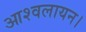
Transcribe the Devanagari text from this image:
आश्वलायन।